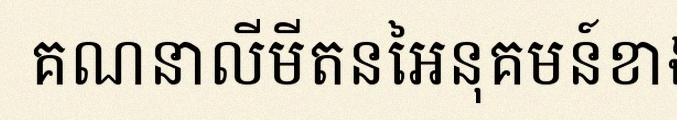
គណនាលីមីតនៃអនុគមន៍ខាងក្រោម